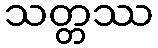
သတ္တဿ